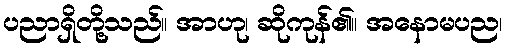
ပညာရှိတို့သည်။ အာဟု၊ ဆိုကုန်၏။ အနောမပည၊